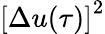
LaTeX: {[\Delta u(\tau)]}^{2}